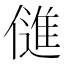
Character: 𬿫